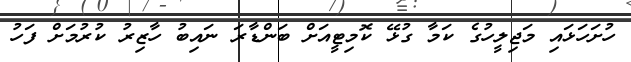
ހުށަހަޅައި މަޖިލީހުގެ ކަމާ ގުޅޭ ކޮމިޓީއަށް ބަންޑާރަ ނައިބު ހާޒިރު ކުރުމަށް ފަހު